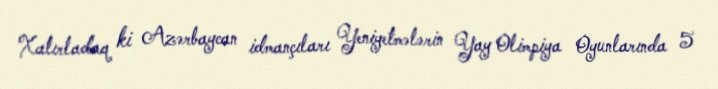
Xatırladaq ki Azərbaycan idmançıları Yeniyetmələrin Yay Olimpiya Oyunlarında 5